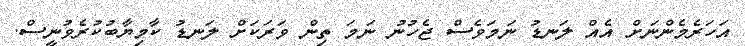
އަހަރެމެންނަށް އެއް ލަނޑު ނަމަވެސް ޖެހުނު ނަމަ ތިން ވަރަކަށް ލަނޑު ކާމިޔާބުކުރެވުނީސް.